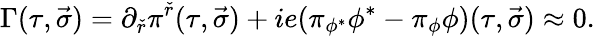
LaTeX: \Gamma(\tau,\vec{\sigma})=\partial_{\check{r}}\pi^{\check{r}}(\tau,\vec{\sigma})+ie(\pi_{\phi^{*}}\phi^{*}-\pi_{\phi}\phi)(\tau,\vec{\sigma})\approx 0.